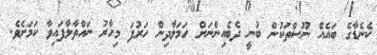
ކެނެޑާގެ ބައެއް ނޫސްތަކުން ބުނީ ދެބެއިންނަށް ހަމަލާދިން ހަރުފަ މިހާރު ނައްތާލާފައިވާ ކަމަށެވެ.